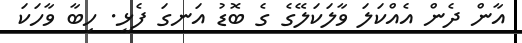
އާން ދެން އެއްކަލަ ވާލަކަލޭގެ ގެ ބޮޑު އަނގަ ފެޅީ. ހިބާ ވާހަކަ